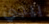
بيجي